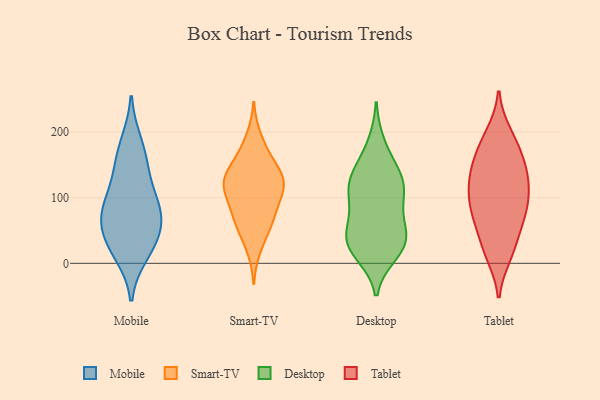
{"axis": {"x": "Energy Usage (MWh)", "y": "Value"}, "legend": ["Desktop", "Mobile", "Smart-TV", "Tablet"], "data": [{"x": "", "y": 69, "type": "Mobile"}, {"x": "", "y": 83, "type": "Mobile"}, {"x": "", "y": 83, "type": "Mobile"}, {"x": "", "y": 15, "type": "Mobile"}, {"x": "", "y": 137, "type": "Mobile"}, {"x": "", "y": 26, "type": "Mobile"}, {"x": "", "y": 183, "type": "Mobile"}, {"x": "", "y": 37, "type": "Mobile"}, {"x": "", "y": 57, "type": "Mobile"}, {"x": "", "y": 101, "type": "Mobile"}, {"x": "", "y": 159, "type": "Mobile"}, {"x": "", "y": 51, "type": "Smart-TV"}, {"x": "", "y": 127, "type": "Smart-TV"}, {"x": "", "y": 79, "type": "Smart-TV"}, {"x": "", "y": 139, "type": "Smart-TV"}, {"x": "", "y": 88, "type": "Smart-TV"}, {"x": "", "y": 162, "type": "Smart-TV"}, {"x": "", "y": 122, "type": "Smart-TV"}, {"x": "", "y": 61, "type": "Smart-TV"}, {"x": "", "y": 193, "type": "Smart-TV"}, {"x": "", "y": 115, "type": "Smart-TV"}, {"x": "", "y": 121, "type": "Smart-TV"}, {"x": "", "y": 122, "type": "Smart-TV"}, {"x": "", "y": 63, "type": "Smart-TV"}, {"x": "", "y": 22, "type": "Smart-TV"}, {"x": "", "y": 166, "type": "Smart-TV"}, {"x": "", "y": 133, "type": "Smart-TV"}, {"x": "", "y": 98, "type": "Smart-TV"}, {"x": "", "y": 124, "type": "Desktop"}, {"x": "", "y": 55, "type": "Desktop"}, {"x": "", "y": 122, "type": "Desktop"}, {"x": "", "y": 130, "type": "Desktop"}, {"x": "", "y": 23, "type": "Desktop"}, {"x": "", "y": 15, "type": "Desktop"}, {"x": "", "y": 182, "type": "Desktop"}, {"x": "", "y": 72, "type": "Desktop"}, {"x": "", "y": 27, "type": "Desktop"}, {"x": "", "y": 30, "type": "Desktop"}, {"x": "", "y": 91, "type": "Desktop"}, {"x": "", "y": 118, "type": "Desktop"}, {"x": "", "y": 153, "type": "Desktop"}, {"x": "", "y": 37, "type": "Desktop"}, {"x": "", "y": 107, "type": "Desktop"}, {"x": "", "y": 42, "type": "Desktop"}, {"x": "", "y": 99, "type": "Tablet"}, {"x": "", "y": 138, "type": "Tablet"}, {"x": "", "y": 13, "type": "Tablet"}, {"x": "", "y": 121, "type": "Tablet"}, {"x": "", "y": 172, "type": "Tablet"}, {"x": "", "y": 23, "type": "Tablet"}, {"x": "", "y": 128, "type": "Tablet"}, {"x": "", "y": 169, "type": "Tablet"}, {"x": "", "y": 92, "type": "Tablet"}, {"x": "", "y": 143, "type": "Tablet"}, {"x": "", "y": 197, "type": "Tablet"}, {"x": "", "y": 81, "type": "Tablet"}, {"x": "", "y": 56, "type": "Tablet"}, {"x": "", "y": 190, "type": "Tablet"}, {"x": "", "y": 19, "type": "Tablet"}, {"x": "", "y": 101, "type": "Tablet"}, {"x": "", "y": 70, "type": "Tablet"}, {"x": "", "y": 139, "type": "Tablet"}, {"x": "", "y": 67, "type": "Tablet"}]}